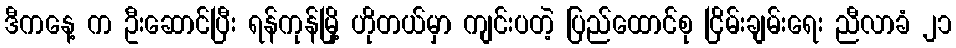
ဒီကနေ့ က ဦးဆောင်ပြီး ရန်ကုန်မြို့ ဟိုတယ်မှာ ကျင်းပတဲ့ ပြည်ထောင်စု ငြိမ်းချမ်းရေး ညီလာခံ ၂၁